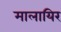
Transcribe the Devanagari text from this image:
मालायिर